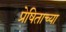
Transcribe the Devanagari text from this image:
प्रेषिताच्या